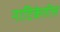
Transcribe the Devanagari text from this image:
नाटिकेतील